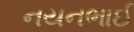
નયનભાઈ